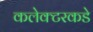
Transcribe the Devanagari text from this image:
कलेक्टरकडे